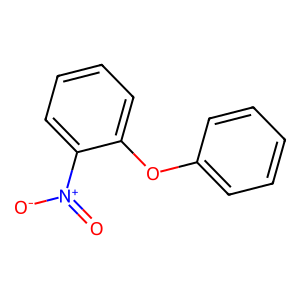
SMILES: O=[N+]([O-])c1ccccc1Oc1ccccc1
Inhibits HIV replication: No